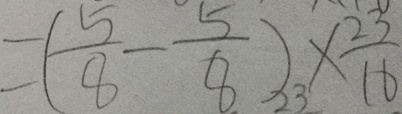
= ( \frac { 5 } { 8 } - \frac { 5 } { 8 } ) \times \frac { 2 3 } { 1 6 }